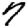
Digit: 7